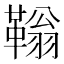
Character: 䩺